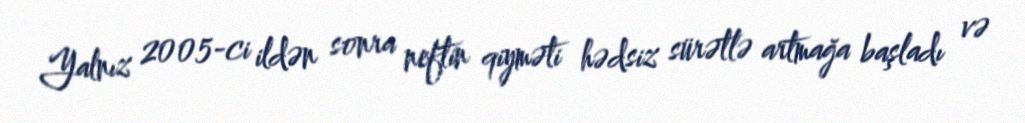
Yalnız 2005-ci ildən sonra neftin qiyməti hədsiz sürətlə artmağa başladı və